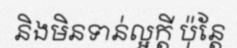
និងមិនទាន់ល្អក្តី ប៉ុន្តែ